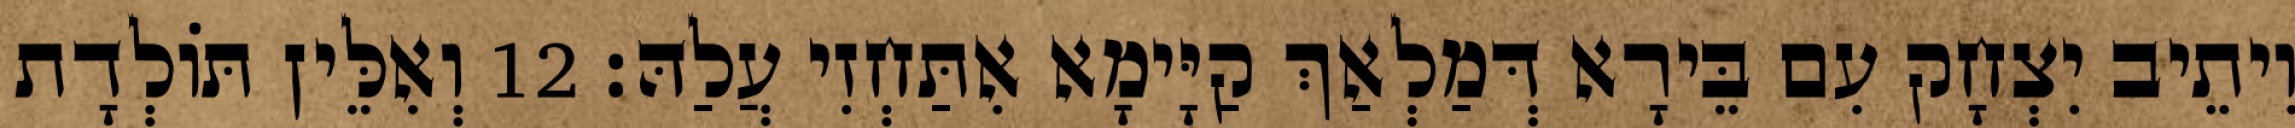
וִיתֵיב יִצְחָק עִם בֵּירָא דְּמַלְאַךְ קַיָּימָא אִתַּחְזִי עֲלַהּ׃ 12 וְאִלֵּין תּוֹלְדָת